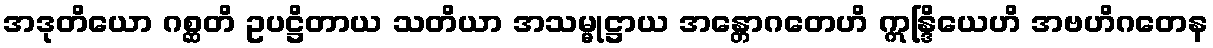
အဒုတိယော ဂစ္ဆတိ ဥပဋ္ဌိတာယ သတိယာ အသမ္မုဋ္ဌာယ အန္တောဂတေဟိ ဣန္ဒြိယေဟိ အဗဟိဂတေန